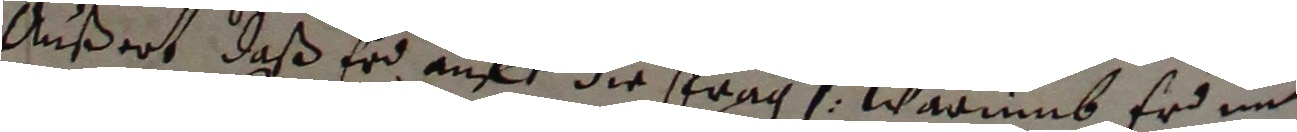
außert, daß erd auff die strag warumb er un